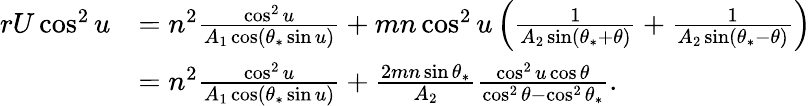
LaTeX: \begin{array}{rl}{rU\cos^{2}u}&{=n^{2}\frac{\cos^{2}u}{A_{1}\cos(\theta_{*}\sin u)}+mn\cos^{2}u\left(\frac{1}{A_{2}\sin(\theta_{*}+\theta)}+\frac{1}{A_{2}\sin(\theta_{*}-\theta)}\right)}\\ &{=n^{2}\frac{\cos^{2}u}{A_{1}\cos(\theta_{*}\sin u)}+\frac{2mn\sin\theta_{*}}{A_{2}}\frac{\cos^{2}u\cos\theta}{\cos^{2}\theta-\cos^{2}\theta_{*}}.}\end{array}